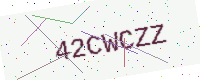
Text: 42CWCZZ